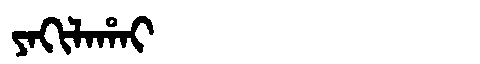
Manchu: ᠶᠠᡴᡳᠯᠠᡥᠠᡳ
Romanization: YAKILAHAI